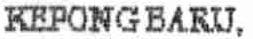
KEPONG BARU,